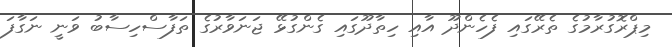
މިޕްރޮގުރާމުގެ ތެރޭގައި ފެހެންދޫ އާއި ހިތާދޫގައި ގެންގުޅޭ ޖަނަވާރުގެ ތަފާސްހިސާބު ވަނީ ނަގާފަ